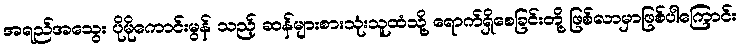
အရည်အသွေး ပိုမိုကောင်းမွန် သည့် ဆန်များစားသုံးသူထံသို့ ရောက်ရှိစေခြင်းတို့ ဖြစ်လာမှာဖြစ်ပါကြောင်း